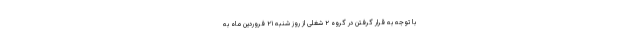
با توجه به قرار گرفتن در گروه ۲ شغلی از روز شنبه ۲۱ فروردین ماه به